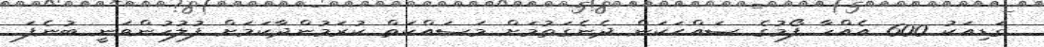
ގަޑިއަކު 600 އެއްހާ ފޯމުގެ ޞައްޙަކަން ދެނެގަތުމަށް މަސައްކަތް ކުރަމުންދާކަމަށް ފުލުހުންވަނީ ބުނެފަ